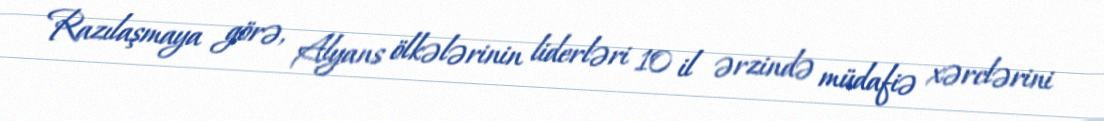
Razılaşmaya görə, Alyans ölkələrinin liderləri 10 il ərzində müdafiə xərclərini